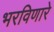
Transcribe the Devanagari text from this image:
भरविणारे